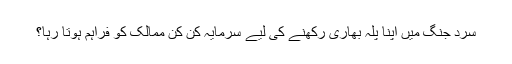
سرد جنگ میں اپنا پلہ بھاری رکھنے کی لیے سرمایہ کن کن ممالک کو فراہم ہوتا رہا؟